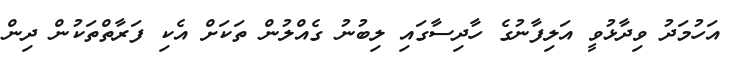
އަހުމަދު ވިދާޅުވީ އަލިފާނުގެ ހާދިސާގައި ލިބުނު ގެއްލުން ތަކަށް އެކި ފަރާތްތަކުން ދިން